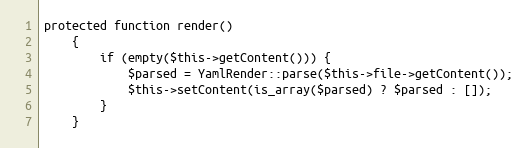
Language: PHP
protected function render()
	{
		if (empty($this->getContent())) {
			$parsed = YamlRender::parse($this->file->getContent());
			$this->setContent(is_array($parsed) ? $parsed : []);
		}
	}